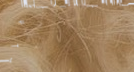
تأجير المعدات الثقيلة للم